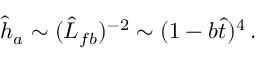
\begin{array} { r } { \hat { h } _ { a } \sim ( \hat { L } _ { f b } ) ^ { - 2 } \sim ( 1 - b \hat { t } ) ^ { 4 } \, . } \end{array}